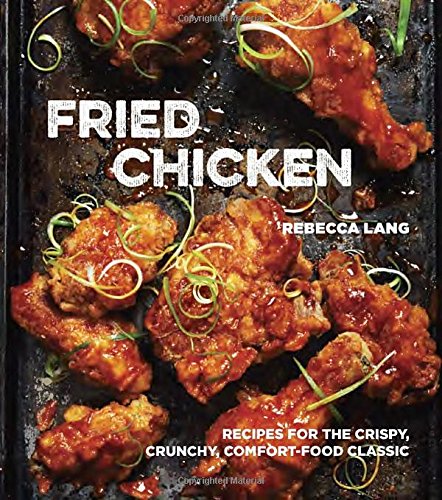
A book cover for Fried Chicken: Recipes for the Crispy, Crunchy, Comfort-Food Classic; Rebecca Lang; Cookbooks, Food & Wine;